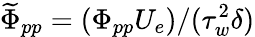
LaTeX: \widetilde{\Phi}_{pp}=(\Phi_{pp}U_{e})/(\tau_{w}^{2}\delta)